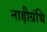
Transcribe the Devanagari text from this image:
नाड़ीग्रंथि